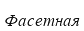
Фасетная